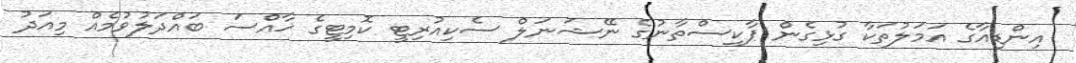
އިންޑިއާގެ އަމަލުތަކާ ގުޅިގެން ޕާކިސްތާނުގެ ނޭޝަނަލް ސެކިއުރިޓީ ކޮމިޓީގެ ޚާއްސަ ބައްދަލުވުމެއް މިއަދު